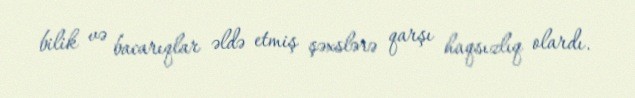
bilik və bacarıqlar əldə etmiş şəxslərə qarşı haqsızlıq olardı.